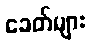
ခေတ်များ